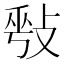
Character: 𢽥